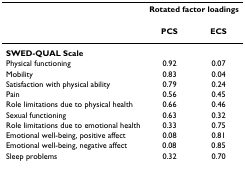
<table><thead><tr><td></td><td colspan="2"><b>Rotated factor loadings</b></td></tr><tr><td></td><td><b>PCS</b></td><td><b>ECS</b></td></tr></thead><tbody><tr><td><b>SWED-QUAL Scale</b></td><td></td><td></td></tr><tr><td>Physical functioning</td><td>0.92</td><td>0.07</td></tr><tr><td>Mobility</td><td>0.83</td><td>0.04</td></tr><tr><td>Satisfaction with physical ability</td><td>0.79</td><td>0.24</td></tr><tr><td>Pain</td><td>0.56</td><td>0.45</td></tr><tr><td>Role limitations due to physical health</td><td>0.66</td><td>0.46</td></tr><tr><td>Sexual functioning</td><td>0.63</td><td>0.32</td></tr><tr><td>Role limitations due to emotional health</td><td>0.33</td><td>0.75</td></tr><tr><td>Emotional well-being, positive affect</td><td>0.08</td><td>0.81</td></tr><tr><td>Emotional well-being, negative affect</td><td>0.08</td><td>0.85</td></tr><tr><td>Sleep problems</td><td>0.32</td><td>0.70</td></tr></tbody></table>